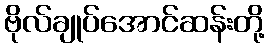
ဗိုလ်ချုပ်အောင်ဆန်းတို့